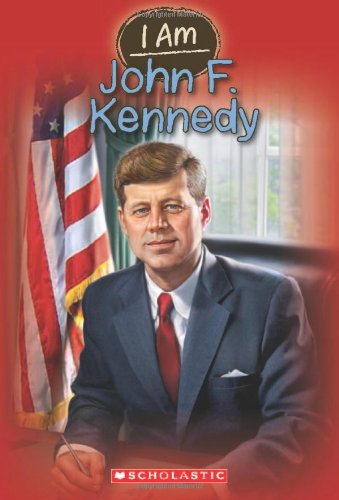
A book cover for I Am #9: John F. Kennedy; Grace Norwich; Children's Books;